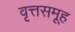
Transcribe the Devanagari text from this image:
वृत्तसमूह